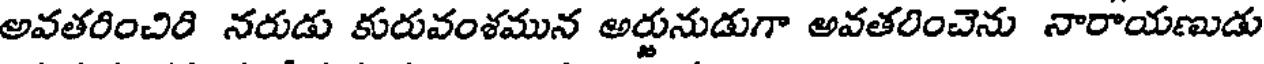
అవతరించిరి నరుడు కురువంశమున అర్జునుడుగా అవతరించెను నారాయణుడు